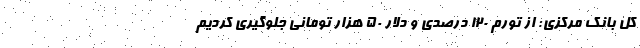
کل بانک مرکزی: از تورم ۱۲۰ درصدی و دلار ۵۰ هزار تومانی جلوگیری کردیم